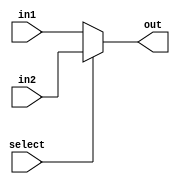
module mux(input [31:0] in1,
	   input [31:0]  in2,
	   input select,
	   output reg [31:0] out);
   always @(*)
     out = (!select)? in1 : in2;
endmodule // mux


// module muxtest();
//   reg [31:0]a;
//   reg [31:0]b;
//   reg select;
//   wire [31:0] out;
//   mux mux(a,b,select,out);
//   initial
//   begin
//     $monitor(a,b,select,out);
//     a = 4;
//     b = 3;
//     select = 0;
//   end
// endmodule

module mux_ini(input [31:0] in1,
	       input [31:0] 	 in2,
	       input 		 select,
	       output reg [31:0] out);
   initial begin
   		out <= 31'h400030;
   		//$monitor("PC: %x,%x,%x,%x",in1,in2,select,out,$time);
   end
   always @(*)
     out = (!select)? in1 : in2;
endmodule

module mux_5(input [4:0] in1,
	     input [4:0]      in2,
	     input 	      select,
	     output reg [4:0] out);
   always @(*)
     out = (!select)? in1 : in2;
endmodule // mux

module threemux5(input [4:0] in1,
    input [4:0] in2,
    input [4:0] in3,
    input [1:0] select,
    output reg [4:0] out);
   always @(*)
     case (select)
       0: out = in1;
       1: out = in2;
       2: out = in3;
     endcase // case (select)
endmodule // threemux

module threemux(input [31:0] in1,
		input [31:0] in2,
		input [31:0] in3,
		input [1:0] select,
		output reg [31:0] out);
   always @(*)
     case (select)
       0: out = in1;
       1: out = in2;
       2: out = in3;
     endcase // case (select)
endmodule // threemux